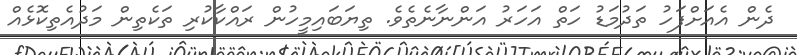
ދެން އެއަށްފަހު ތަދުމަޑު ހަތް އަހަރު އަންނާނެތެވެ. ތިޔަބައިމީހުން ރައްކާކުރި ތަކެތިން މަދުއެތިކޮޅެއް